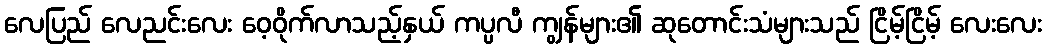
လေပြည် လေညင်းလေး ဝေ့ဝိုက်လာသည့်နှယ် ကပ္ပလီ ကျွန်များ၏ ဆုတောင်းသံများသည် ငြိမ့်ငြိမ့် လေးလေး